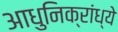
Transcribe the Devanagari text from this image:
आधुनिक्रांध्ये